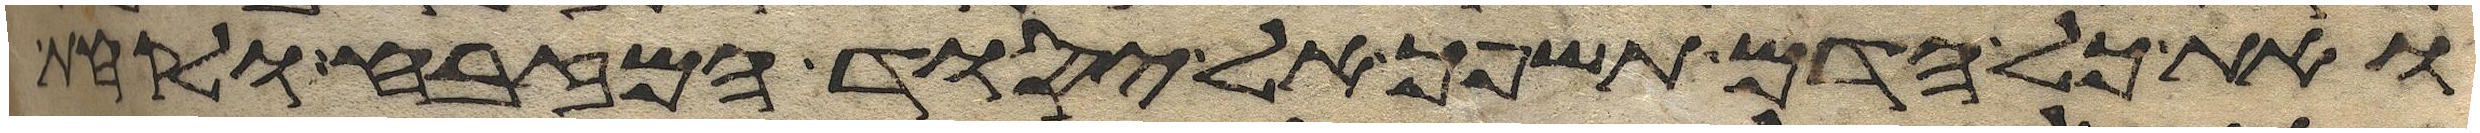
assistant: ואת כל הדם תשפך אל יסוד המזבח ולקחת